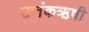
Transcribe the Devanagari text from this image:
उत्तंकऋषी